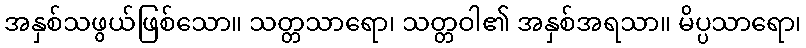
အနှစ်သဖွယ်ဖြစ်သော။ သတ္တသာရော၊ သတ္တဝါ၏ အနှစ်အရသာ။ မိပ္ပသာရော၊